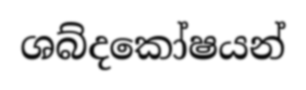
ශබ්දකෝෂයන්